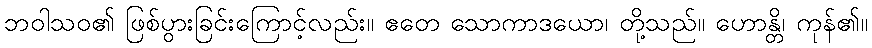
ဘဝါသဝ၏ ဖြစ်ပွားခြင်းကြောင့်လည်း။ ဧတေ သောကာဒယော၊ တို့သည်။ ဟောန္တိ၊ ကုန်၏။